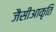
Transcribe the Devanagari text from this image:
जैसीआकृति